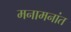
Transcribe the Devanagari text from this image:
मनामनांत